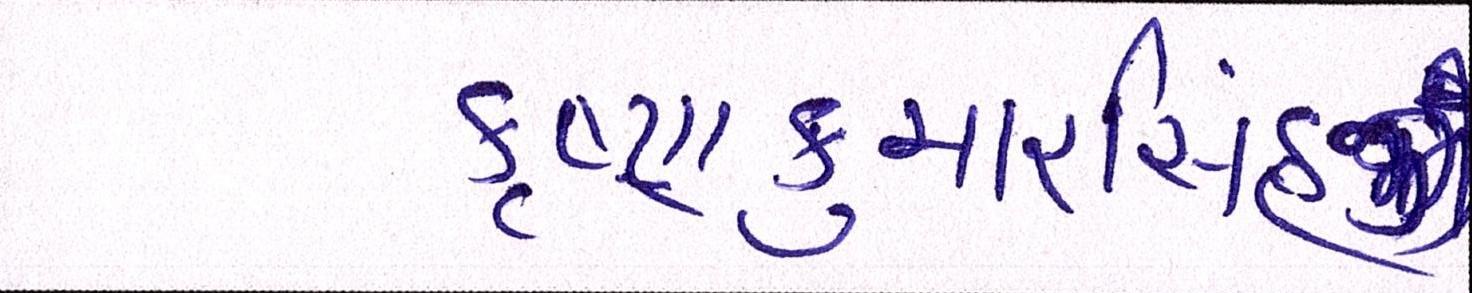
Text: કૃષ્ણકુમારસિંહજી